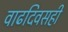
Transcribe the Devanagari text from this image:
वाढदिवसही